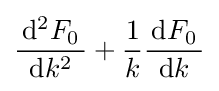
{\frac {\,\mathrm {d} ^{2}F_{0}\,}{\mathrm {d} k^{2}}}+{\frac {1}{k}}{\frac {\,\mathrm {d} F_{0}\,}{\mathrm {d} k}}